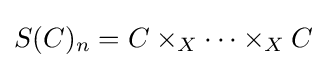
S(C)_{n}=C\times _{X}\cdots \times _{X}C